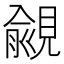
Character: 覦